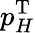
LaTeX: p_{H}^{\mathrm{T}}